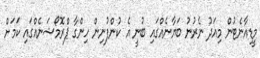
މީޑިއާނެޓުން މިއަދު ނެރުނު ބަޔާނެއްގައި ބުނީ އެ ކުންފުނިން ހިންގާ ޕްރޮމޯޝަނެއްގައި ކަމަށް